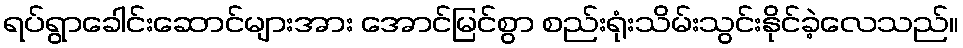
ရပ်ရွာခေါင်းဆောင်များအား အောင်မြင်စွာ စည်းရုံးသိမ်းသွင်းနိုင်ခဲ့လေသည်။